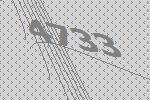
4733